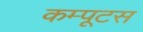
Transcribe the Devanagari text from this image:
कम्पूटस